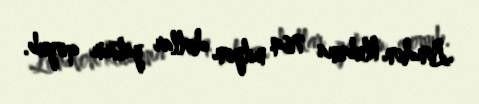
London klubuna 764 milyon dollar yatırım qoyub.